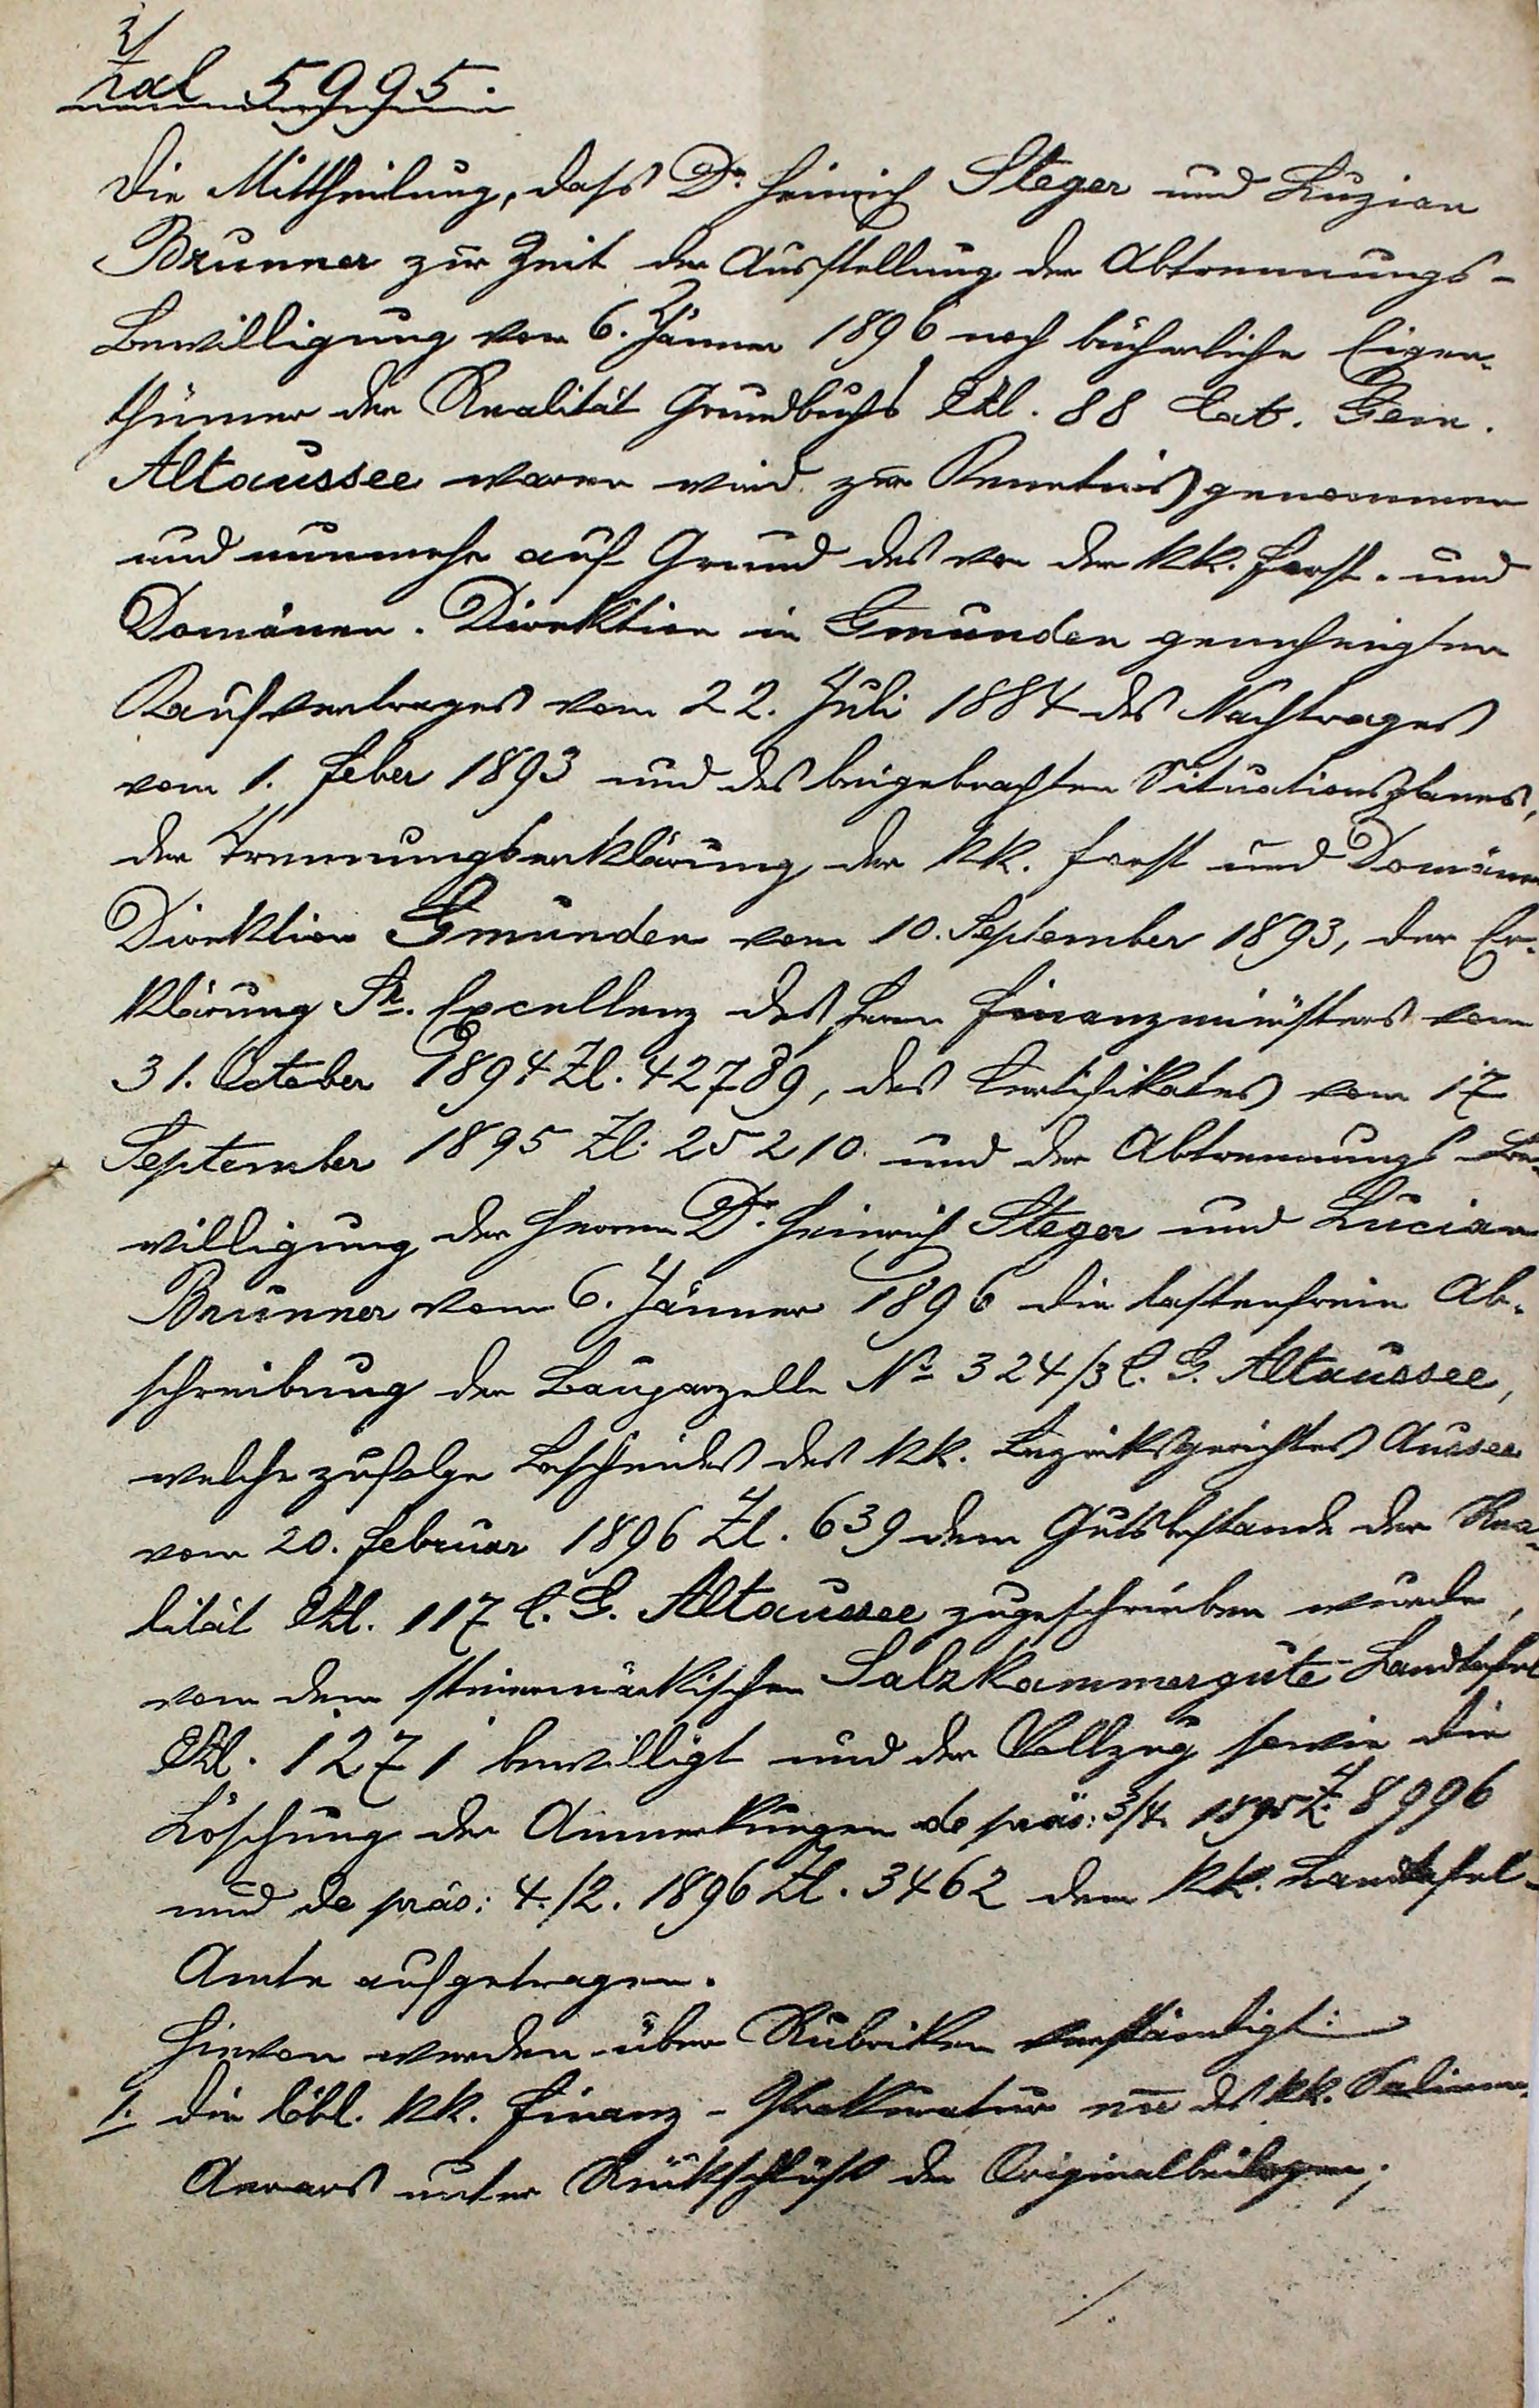
Zal 5995.
Die Mittheilung, dass Dr. Heinrich Steger und Luzian
Brunner zur Zeit der Ausstellung der Abtrennungs¬
Bewilligung vom 6. Jänner 1896 noch bücherliche Eigen¬
thümer der Realität Grundbuchs EZl. 88 Cat. Gem.
Altaussee waren wird zur Kenntnis genommen
und nunmehr auf Grund des vor den k.k. Forst- und
Domänen - Direktion in Gmunden genehmigten
Kaufvertrages vom 22. Juli 1884 des Nachtrages
vom 1. Feber 1893 und des beigebrachten Situationsplanes,
der Trennungserklärung der kk. Forst und Domänen
Direktion Gmunden vom 10. September 1893, der Er¬
klärung Sr. Excellenz des Herrn Finanzministers vom
31. October 1894 Zl. 42789, des Certifikates vom 17.
September 1895 Zl. 25210 und der Abtrennungs-Be¬
willigung des Herrn Dr. Heinrich Steger und Lucian
Brunner vom 4. Jänner 1896 die lastenfreie Ab¬
schreibung der Bauparzelle No 324/3 C.G. Altaussee,
welche zufolge Bescheids des kk. Bezirksgerichtes Aussee
vom 20. Februar 1896 ZL. 639 dem Gutsbestande der Rea¬
lität EZl. 117 C.G. Altaussee zugeschrieben wurde
von dem steiermärkischen Salzkammergute Landtafel
EZl. 1271 bewilligt und der Vollzug sowie die
Löschung der Anmerkungen de präs: 3/4 1895 Z. 8996
die de präs: 4./2. 1896 Zl. 3462 dem kk. Landtafel-
Amte aufgetragen.
Hievon werden über Rubriken verständigt:
1. Die löbl. kk. Finanz-Prokuratur nun des kk. Salinen-
Aerars unter Rückschluss der Originalbeilagen,
./.